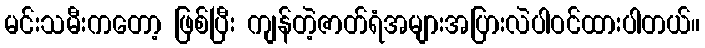
မင်းသမီးကတော့ ဖြစ်ပြီး ကျန်တဲ့ဇာတ်ရံအများအပြားလဲပါဝင်ထားပါတယ်။